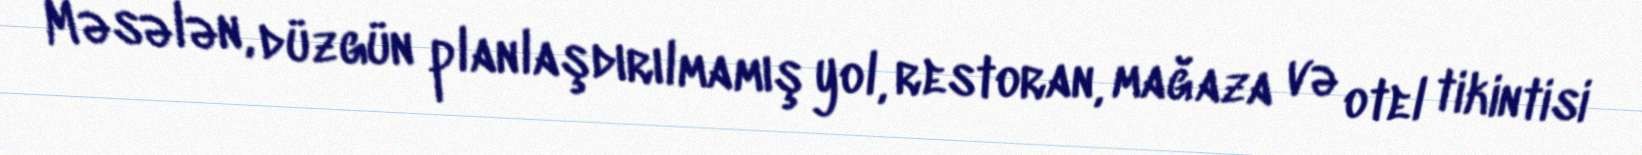
Məsələn, düzgün planlaşdırılmamış yol, restoran, mağaza və otel tikintisi